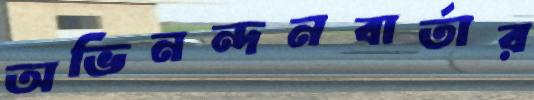
অভিনন্দনবার্তার